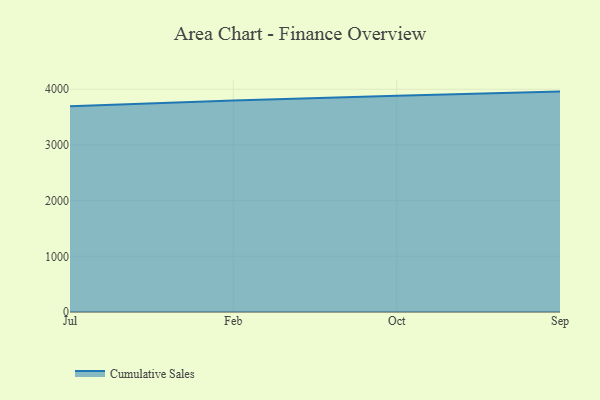
{"axis": {"x": "Month", "y": "Headcount"}, "legend": ["Cumulative Sales"], "data": [{"x": "Jul", "y": 3695.3, "type": "Cumulative Sales"}, {"x": "Feb", "y": 3798.8, "type": "Cumulative Sales"}, {"x": "Oct", "y": 3882.1, "type": "Cumulative Sales"}, {"x": "Sep", "y": 3958.1, "type": "Cumulative Sales"}]}